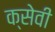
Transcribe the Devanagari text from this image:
क्सेवी